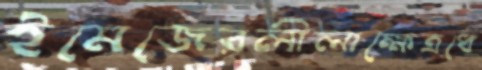
ইমেজেরলীলাক্ষেত্রধে